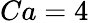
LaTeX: Ca=4